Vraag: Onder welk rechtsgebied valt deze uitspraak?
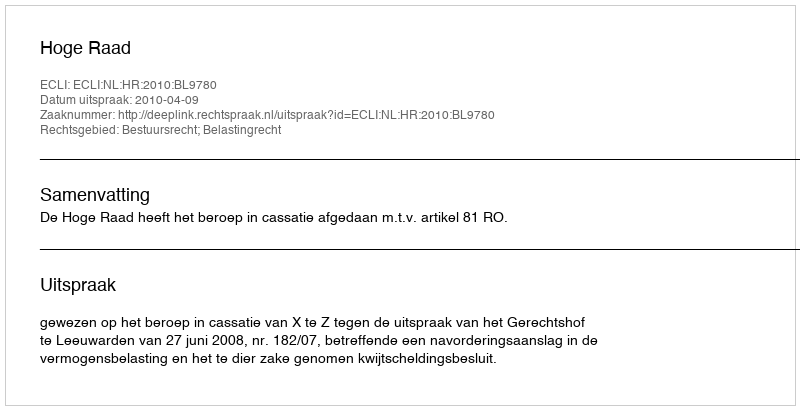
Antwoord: Bestuursrecht; Belastingrecht